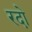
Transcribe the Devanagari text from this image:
रदो